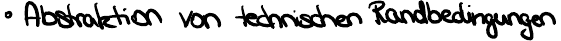
Abstraktion von technischen Randbedingungen